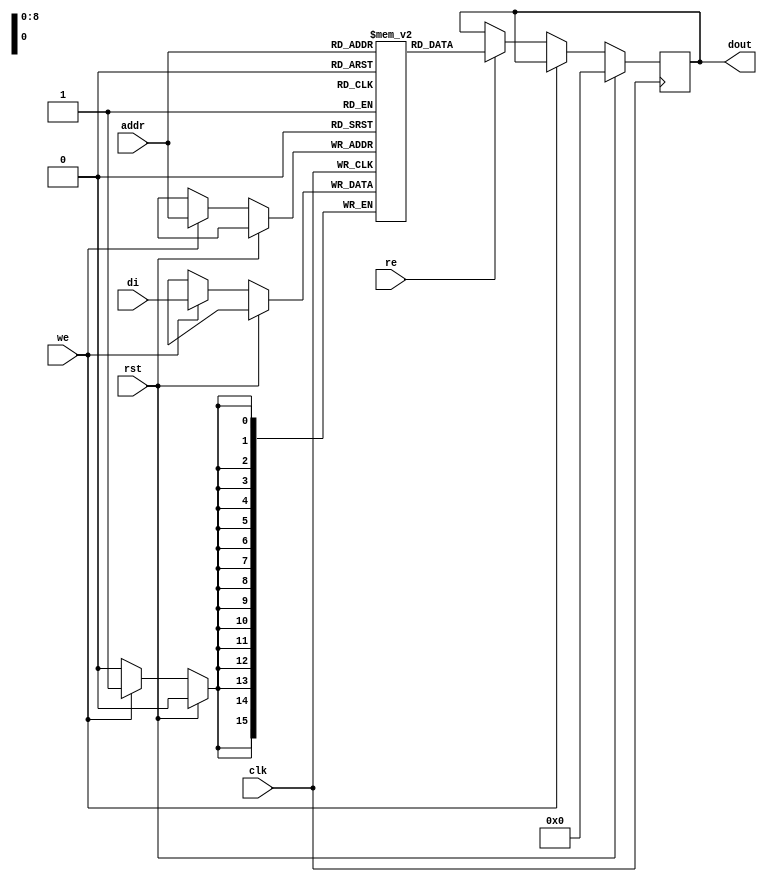

module rams_sp_re_we_rst_512x16_block (clk, rst, we, re, addr, di, dout);
input clk, rst;
input we, re;
input [8:0] addr;
input [15:0] di;
output reg [15:0] dout;

(* ram_style = "block" *)
reg [15:0] RAM [511:0];
// reg [31:0] dout;

always @(posedge clk)
    begin
        if (rst)
            dout <= 0;
        else if (we)
            RAM[addr] <= di;
        else if (re)
            dout <= RAM[addr];
    end

endmodule